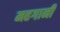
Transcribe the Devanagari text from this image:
महगानी